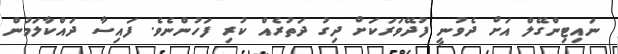
ނައިޓިންގޭލް އަށް ދެވުނީ ފުދޭވަރަކަށް ދިގު ދަތުރެއް ކުރި ފަހުންނެވެ. ފައިސާ ދައްކާލަމުން